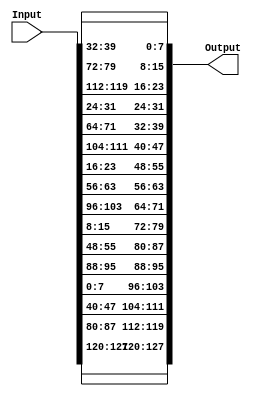
module shiftRowsE(
    input  [127:0] Input,
    output [127:0] Output
);

//First column
assign Output[127:120] = Input[127:120];  
assign Output[119:112] = Input[87:80];
assign Output[111:104] = Input[47:40];
assign Output[103:96]  = Input[7:0];

//Second column
assign Output[95:88]   = Input[95:88];
assign Output[87:80]   = Input[55:48];
assign Output[79:72]   = Input[15:8];
assign Output[71:64]   = Input[103:96];

//Third column
assign Output[63:56]   = Input[63:56];
assign Output[55:48]   = Input[23:16];
assign Output[47:40]   = Input[111:104];
assign Output[39:32]   = Input[71:64];

//Fourth column
assign Output[31:24]   = Input[31:24];
assign Output[23:16]   = Input[119:112];
assign Output[15:8]    = Input[79:72];
assign Output[7:0]     = Input[39:32]; 

endmodule

//input
//d42711aee0bf98f1b8b45de51e415230
//expected output
//d4bf5d30e0b452aeb84111f11e2798e5